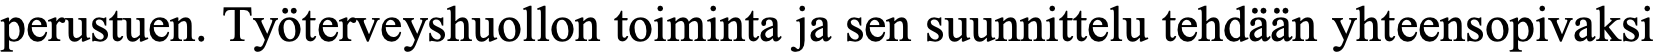
perustuen. Työterveyshuollon toiminta ja sen suunnittelu tehdään yhteensopivaksi